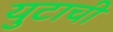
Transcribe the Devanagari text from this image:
युटाची